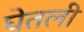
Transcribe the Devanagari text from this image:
घेेतली